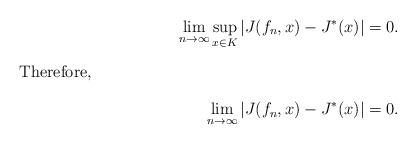
LaTeX: \begin{align*}\lim_{n\rightarrow\infty} \sup_{x\in K} |J(f_{n},x) - J^*(x)| &= 0. \intertext{Therefore,}\lim_{n\rightarrow\infty} |J(f_{n},x) - J^*(x)| &= 0 . \end{align*}